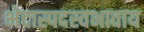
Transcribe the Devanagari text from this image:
भेदास्पदस्वभावाय